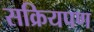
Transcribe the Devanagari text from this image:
सक्रियपण